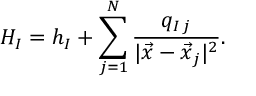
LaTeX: H _ { I } = h _ { I } + \sum _ { j = 1 } ^ { N } \frac { q _ { I \, j } } { | \vec { x } - \vec { x } _ { j } | ^ { 2 } } .